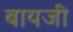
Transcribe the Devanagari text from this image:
बायजी